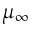
\mu _ { \infty }